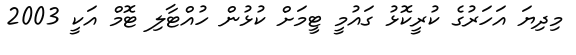
މިދިޔަ އަހަރުގެ ކުރީކޮޅު ގައުމީ ޓީމަށް ކުޅުން ހުއްޓާލި ޓޮމް އަކީ 2003